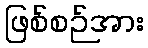
ဖြစ်စဉ်အား